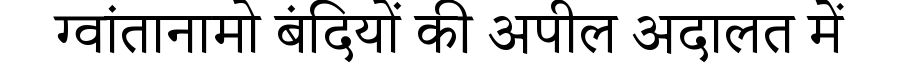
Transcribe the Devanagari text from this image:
ग्वांतानामो बंदियों की अपील अदालत में